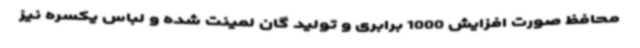
محافظ صورت افزایش 1000 برابری و تولید گان لمینت شده و لباس یکسره نیز